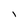
Character: l